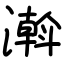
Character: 濣